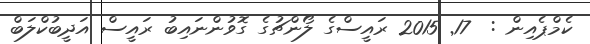
ކެމްޕެއިން :  17